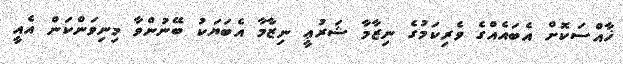
ޚާއްސަކޮށް އެބައެއްގެ ވެރިކަމުގެ ނިޒާމާ ޝަރުޢީ ނިޒާމާ އެބަޔަކު ބޭނުންވާ މިނިވަންކަން އެއީ